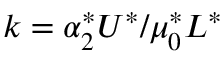
k = \alpha _ { 2 } ^ { * } U ^ { * } / \mu _ { 0 } ^ { * } L ^ { * }